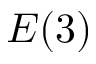
E ( 3 )